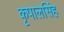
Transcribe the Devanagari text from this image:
कृपालसिंह